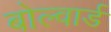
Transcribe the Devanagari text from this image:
बोल्वार्ड